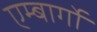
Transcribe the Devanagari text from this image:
एम्बार्गो